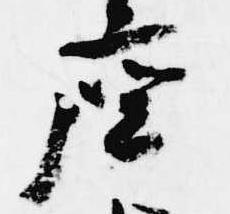
座